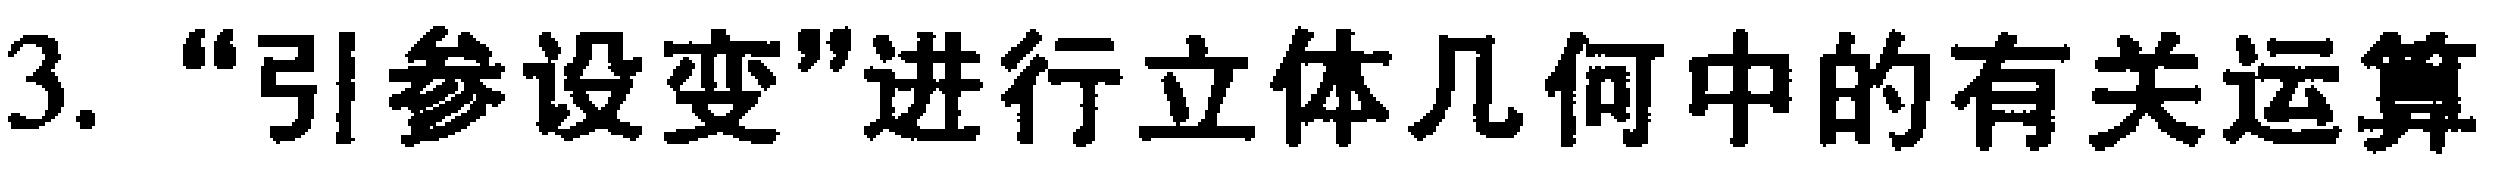
3. “引参设变”进行立体几何中的有关运算